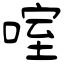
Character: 㗌